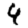
Digit: 4